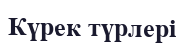
Күрек түрлері